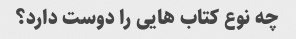
چه نوع کتاب هایی را دوست دارد؟